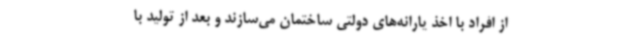
از افراد با اخذ یارانه‌های دولتی ساختمان می‌سازند و بعد از تولید با